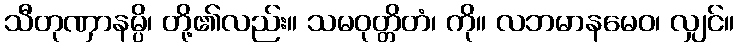
သီတုဏှာနမ္ပိ၊ တို့၏လည်း။ သမဝုတ္တိတံ၊ ကို။ လဘမာနမေဝ၊ လျှင်။